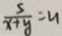
\frac { 5 } { x + y } = u